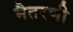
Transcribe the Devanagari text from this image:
मैतरणी